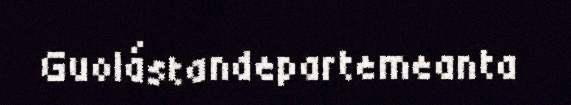
Guolástandepartemeanta